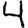
Digit: 4